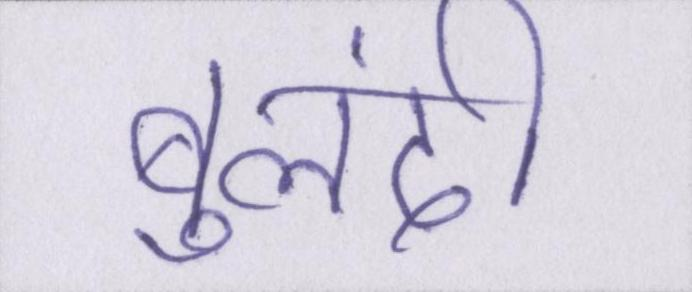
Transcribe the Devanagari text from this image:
बुलंदी